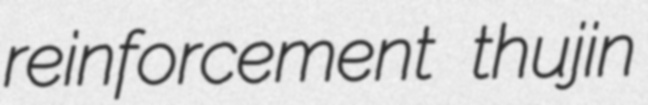
reinforcement thujin